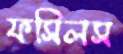
ফসিলস